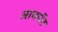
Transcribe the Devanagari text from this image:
आर्क्नेट